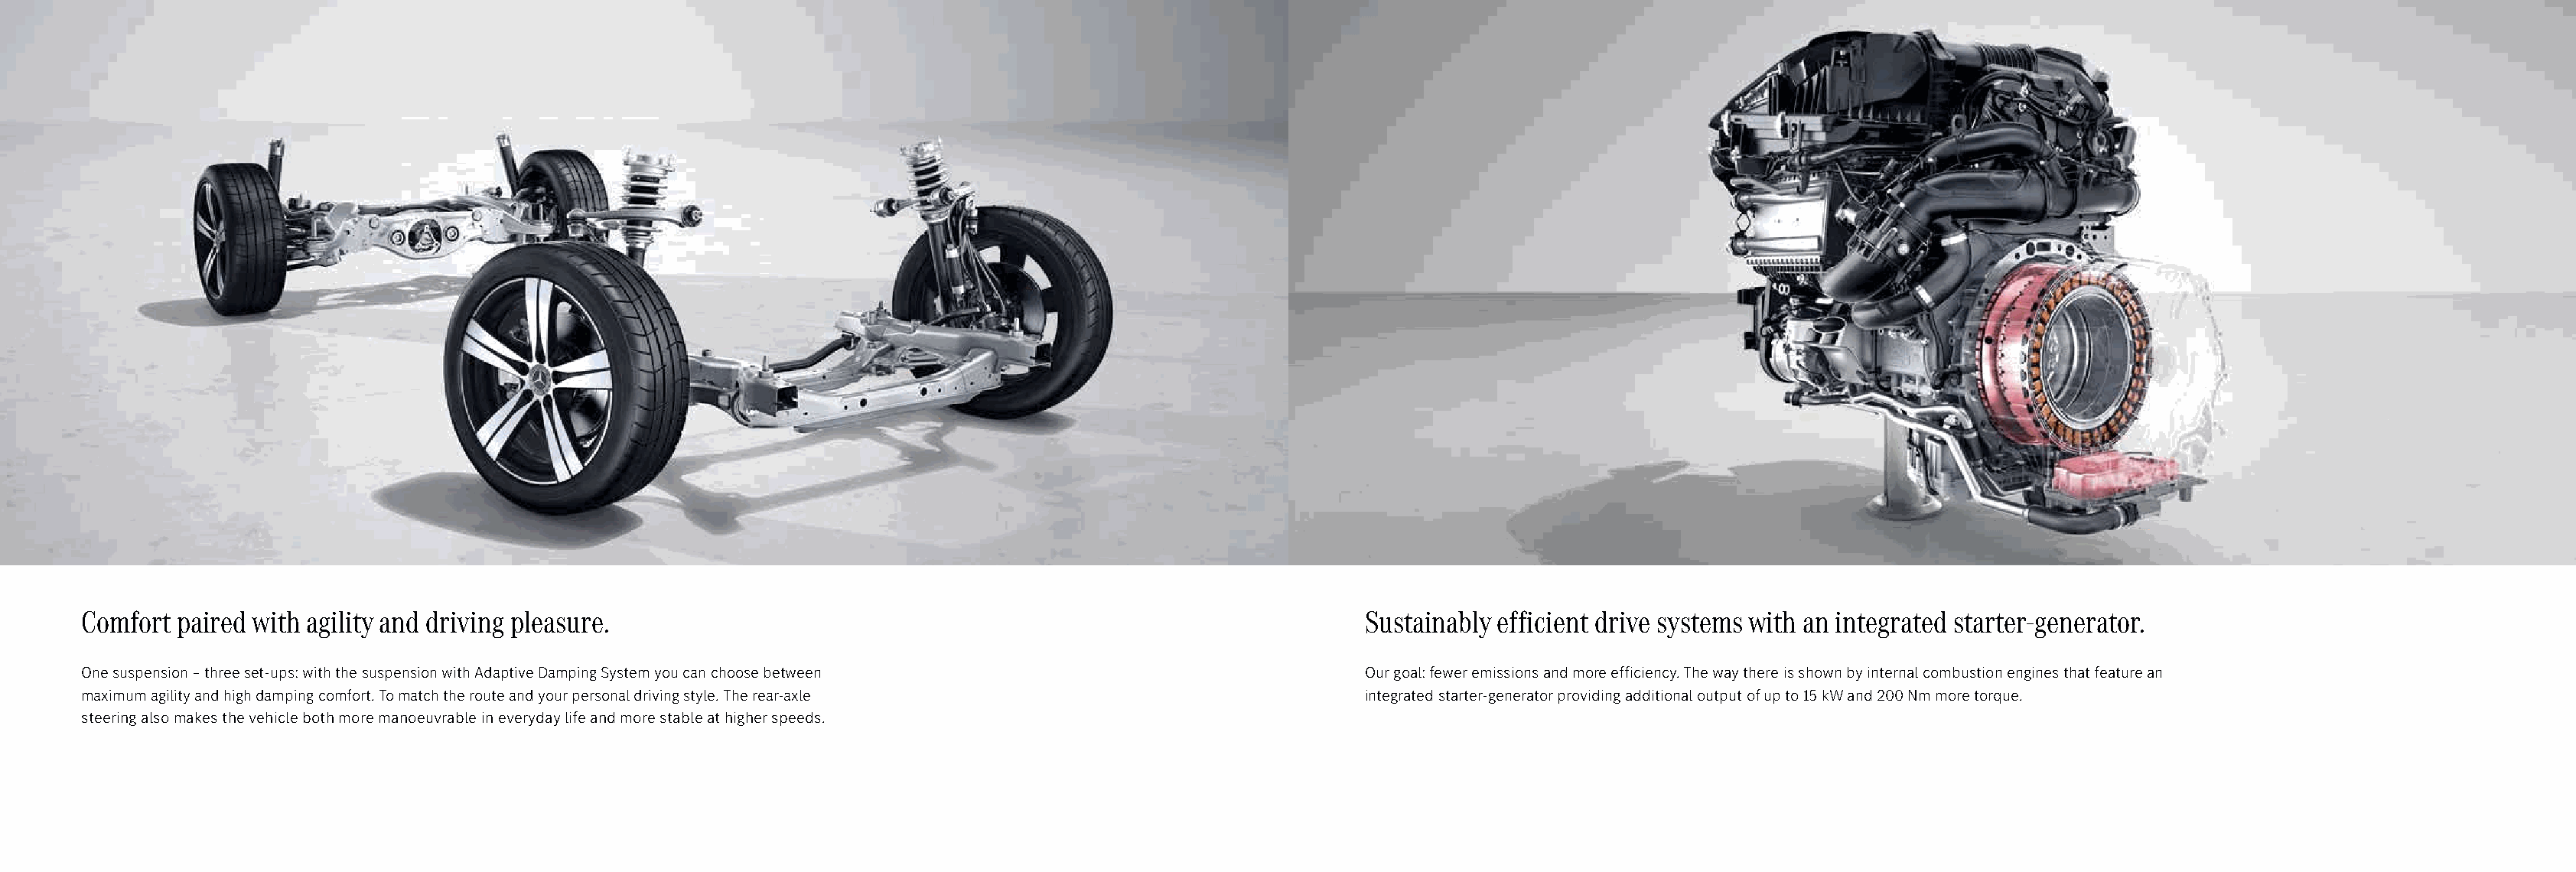
Comfort paired with agility and driving pleasure.                                                              Sustainably efficient drive systems with an integrated starter-generator.
 One suspension – three set-ups: with the suspension with Adaptive Damping System you can choose between        Our goal: fewer emissions and more efficiency. The way there is shown by internal combustion engines that feature an
 maximum agility and high damping comfort. To match the route and your personal driving style. The rear-axle    integrated starter-generator providing additional output of up to 15 kW and 200 Nm more torque.
 steering also makes the vehicle both more manoeuvrable in everyday life and more stable at higher speeds.